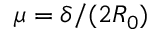
\mu = \delta / ( 2 R _ { 0 } )